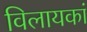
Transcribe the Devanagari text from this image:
विलायकां